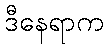
ဒီနေရာက